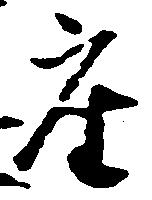
座